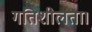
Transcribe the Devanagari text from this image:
गतिशीलता।